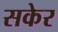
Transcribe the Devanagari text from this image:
सकेर